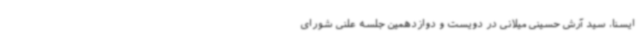
ایسنا، سید آرش حسینی میلانی در دویست و دوازدهمین جلسه علنی شورای